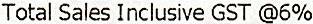
TOTAL SALES INCLUSIVE GST @6%